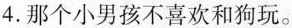
4.那个小男孩不喜欢和狗玩。